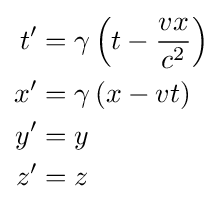
{\begin{aligned}t'&=\gamma \left(t-{\frac {vx}{c^{2}}}\right)\\x'&=\gamma \left(x-vt\right)\\y'&=y\\z'&=z\end{aligned}}